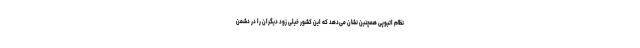
نظام اتیوپی همچنین نشان می‌دهد که این کشور خیلی زود دیگران را در دشمن